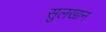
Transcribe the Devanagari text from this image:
सुलखान